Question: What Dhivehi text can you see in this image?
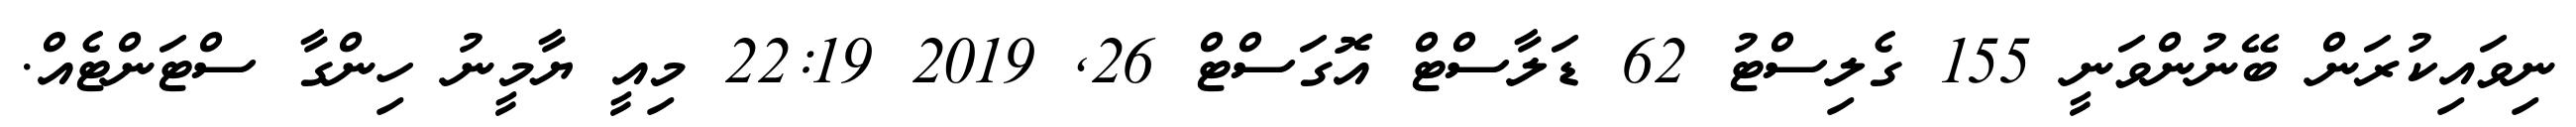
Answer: ނިވައިކުރަން ބޭނުންވަނީ 155 ގެލިސްޓު 62 ޑަލާސްޓް އޮގަސްޓް 26, 2019 22:19 މިއީ ޔާމީނު ހިންގާ ސްޓަންޓެއް.